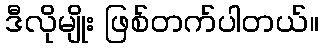
ဒီလိုမျိုး ဖြစ်တက်ပါတယ်။